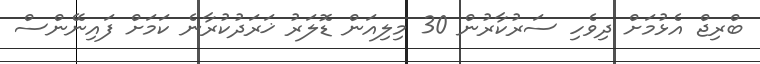
ބްރިޖް އެޅުމަށް ދިވެހި ސަރުކާރުން 30 މިލިއަން ޑޮލަރު ޚަރަދުކުރާނެ ކަމަށް ފައިނޭންސް